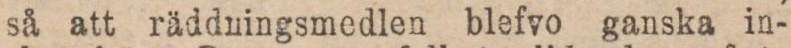
så att räddningsmedlen blefvo ganska in-